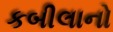
કબીલાનો